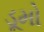
ડૂમો